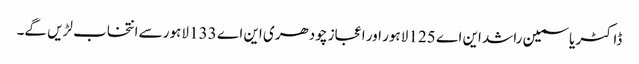
ڈاکٹر یاسمین راشد این اے 125 لاہور اور اعجاز چودھری این اے 133 لاہور سے انتخاب لڑیں گے۔